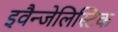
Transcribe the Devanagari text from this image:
इवैन्जेलिस्टिक